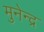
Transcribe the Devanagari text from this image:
मुनेन्द्र